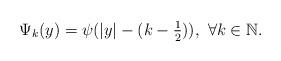
LaTeX: \begin{align*}\Psi_k(y)=\psi(\vert y\vert-(k-\tfrac{1}{2})),\ \forall k\in\mathbb{N}.\end{align*}